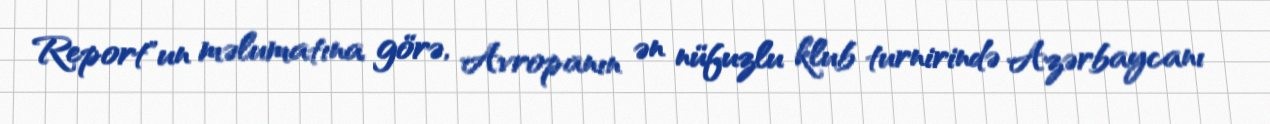
Report"un məlumatına görə, Avropanın ən nüfuzlu klub turnirində Azərbaycanı